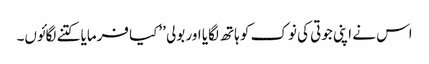
اس نے اپنی جوتی کی نوک کو ہاتھ لگایا اور بولی ’’کیا فرمایا کتنے لگائوں۔